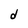
Character: d